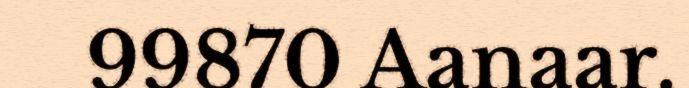
99870 Aanaar.